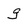
Character: g